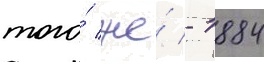
того́ же́ - 1884